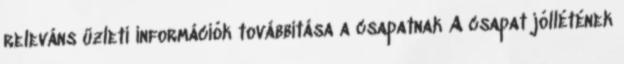
releváns üzleti információk továbbítása a csapatnak A csapat jóllétének